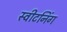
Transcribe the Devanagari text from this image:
स्वीटनिंग